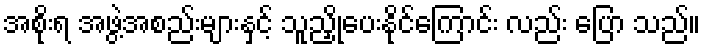
အစိုးရ အဖွဲ့အစည်းများနှင့် သူညှိုပေးနိုင်ကြောင်း လည်း ပြော သည်။